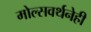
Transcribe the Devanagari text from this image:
मोल्सवर्थनेही